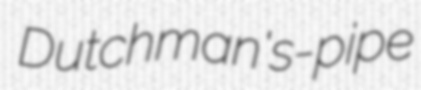
Dutchman's-pipe